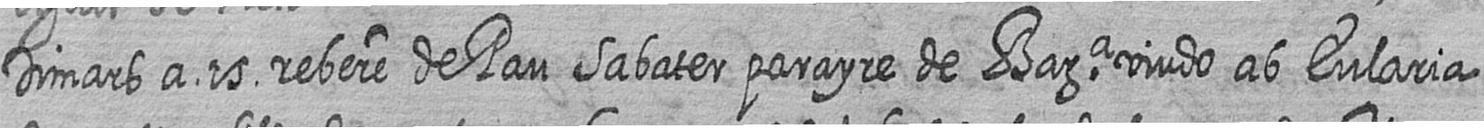
Dimars a 15 rebere de Pau Sabater parayre de Bara viudo ab Eularia